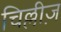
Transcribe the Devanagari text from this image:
चिल्लीज़